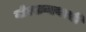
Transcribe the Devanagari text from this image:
गोरखनाथाची